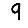
Digit: 9